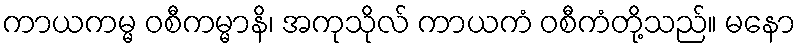
ကာယကမ္မ ဝစီကမ္မာနိ၊ အကုသိုလ် ကာယကံ ဝစီကံတို့သည်။ မနော